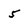
Character: 5